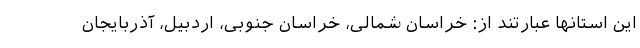
این استانها عبارتند از: خراسان شمالی، خراسان جنوبی، اردبیل، آذربایجان